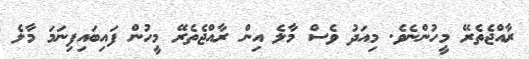
ރާއްޖެތެރޭ މީހުންނެވެ. މިއަދު ވެސް މާލެ އިން ރާއްޖެތެރޭ މީހުން ފައިބައިފިނަމަ މާލެ